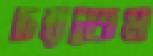
চরতেম